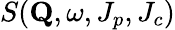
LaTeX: S(\mathbf{Q},\omega,J_{p},J_{c})